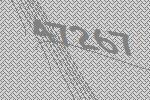
47267